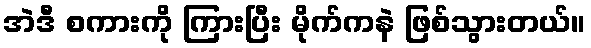
အဲဒီ စကားကို ကြားပြီး မိုက်ကနဲ ဖြစ်သွားတယ်။